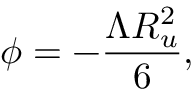
\phi = - \frac { \Lambda R _ { u } ^ { 2 } } { 6 } ,